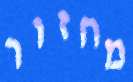
מחזור